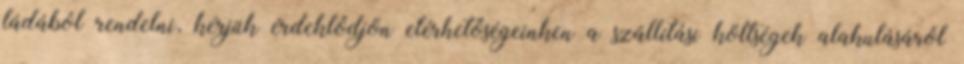
ládából rendelni, kérjük érdeklődjön elérhetőségeinken a szállítási költségek alakulásáról